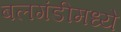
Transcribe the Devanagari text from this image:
बलगंडीमध्ये